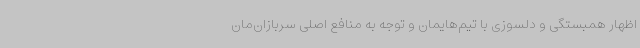
اظهار همبستگی و دلسوزی با تیم‌هایمان و توجه به منافع اصلی سربازان‌مان